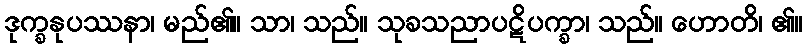
ဒုက္ခနုပဿနာ၊ မည်၏။ သာ၊ သည်။ သုခသညာပဋိပက္ခာ၊ သည်။ ဟောတိ၊ ၏။